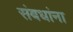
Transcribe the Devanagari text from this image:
संबधांना